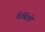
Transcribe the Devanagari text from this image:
शिबिरेही